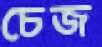
চেজ